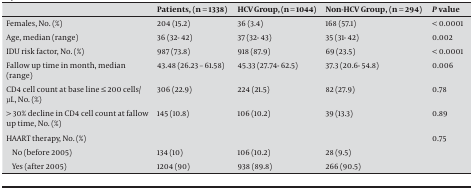
<table><thead><tr><td></td><td><b>Patients, (n = 1338)</b></td><td><b>HCV Group, (n = 1044)</b></td><td><b>Non-HCV Group, (n = 294)</b></td><td><b><i>P</i> value</b></td></tr></thead><tbody><tr><td>Females, No. (%)</td><td>204 (15.2)</td><td>36 (3.4)</td><td>168 (57.1)</td><td>&lt; 0.0001</td></tr><tr><td>Age, median (range)</td><td>36 (32- 42)</td><td>37 (32- 43)</td><td>35 (31- 42)</td><td>0.002</td></tr><tr><td>IDU risk factor, No. (%)</td><td>987 (73.8)</td><td>918 (87.9)</td><td>69 (23.5)</td><td>&lt; 0.0001</td></tr><tr><td>Fallow up time in month, median (range)</td><td>43.48 (26.23 – 61.58)</td><td>45.33 (27.74- 62.5)</td><td>37.3 (20.6- 54.8)</td><td>0.006</td></tr><tr><td>CD4 cell count at base line ≤ 200 cells/μL, No. (%)</td><td>306 (22.9)</td><td>224 (21.5)</td><td>82 (27.9)</td><td>0.78</td></tr><tr><td>&gt; 30% decline in CD4 cell count at fallow up time, No. (%)</td><td>145 (10.8)</td><td>106 (10.2)</td><td>39 (13.3)</td><td>0.89</td></tr><tr><td>HAART therapy, No. (%)</td><td></td><td></td><td></td><td>0.75</td></tr><tr><td>No (before 2005)</td><td>134 (10)</td><td>106 (10.2)</td><td>28 (9.5)</td><td></td></tr><tr><td>Yes (after 2005)</td><td>1204 (90)</td><td>938 (89.8)</td><td>266 (90.5)</td><td></td></tr></tbody></table>